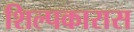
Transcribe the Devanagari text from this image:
शिल्पकारास